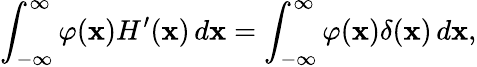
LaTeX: \int_{-\infty}^{\infty}\varphi(\mathbf{x})H^{\prime}(\mathbf{x})\, d\mathbf{x}=\int_{-\infty}^{\infty}\varphi(\mathbf{x})\delta(\mathbf{x})\, d\mathbf{x},